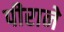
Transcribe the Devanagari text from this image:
पीराने